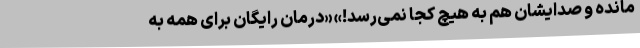
مانده و صدایشان هم به هیچ کجا نمی‌رسد!» «درمان رایگان برای همه به